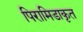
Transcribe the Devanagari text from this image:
पिरामिडाकृत